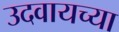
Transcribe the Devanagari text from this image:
उदवायच्या